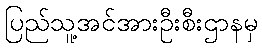
ပြည်သူ့အင်အားဦးစီးဌာနမှ